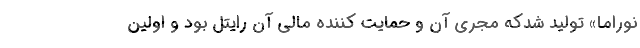
نوراما» تولید شدکه مجری آن و حمایت کننده مالی آن رایتل بود و اولین